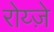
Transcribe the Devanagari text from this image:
रोय्ज़े